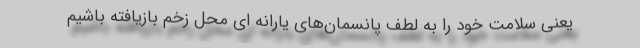
یعنی سلامت خود را به لطف پانسمان‌های یارانه ای محل زخم بازیافته باشیم